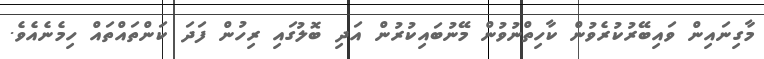
މާގިނައިން ވައިބޭރުކުރެވުން ކާހިތްނުވުން މޭނުބައިކުރުން އަދި ބޮލުގައި ރިހުން ފަދަ ކަންތައްތައް ހިމެނެއެވެ.